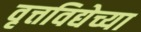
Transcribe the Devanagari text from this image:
वृत्तविद्येच्या